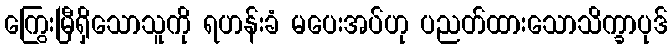
ကြွေးမြီရှိသောသူကို ရဟန်းခံ မပေးအပ်ဟု ပညတ်ထားသောသိက္ခာပုဒ်